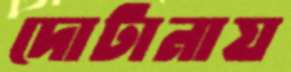
দোটানায়